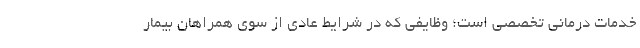
خدمات درمانی تخصصی است؛ وظایفی که در شرایط عادی از سوی همراهان بیمار